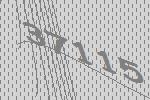
37115